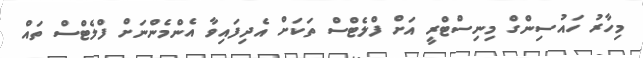
މިހާރު ހައުސިންގް މިނިސްޓްރީ އަށް ފްލެޓްސް ތަަކަށް އެދިފައިވާ އެންމެންނަށް ފްލެޓްސް ތައް